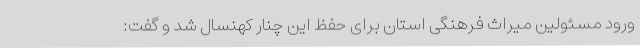
ورود مسئولین میراث فرهنگی استان برای حفظ این چنار کهنسال شد و گفت: